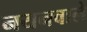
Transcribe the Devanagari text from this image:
नयनवाले